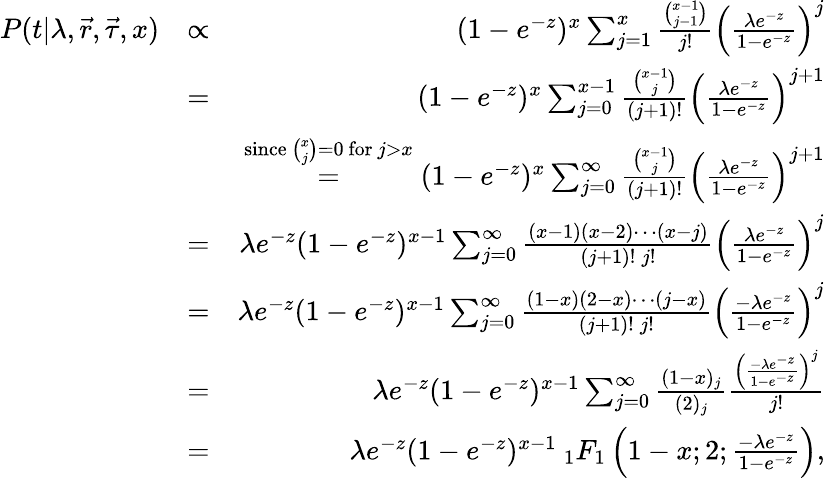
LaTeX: \begin{array}{rlr}{P(t|\lambda,\vec{r},\vec{\tau},x)}&{\propto}&{(1-e^{-z})^{x}\sum_{j=1}^{x}\frac{\binom{x-1}{j-1}}{j!}\left(\frac{\lambda e^{-z}}{1-e^{-z}}\right)^{j}}\\ &{=}&{(1-e^{-z})^{x}\sum_{j=0}^{x-1}\frac{\binom{x-1}{j}}{(j+1)!}\left(\frac{\lambda e^{-z}}{1-e^{-z}}\right)^{j+1}}\\ &{}&{\stackrel{\mathrm{since~}\binom{x}{j}=0\mathrm{~for~}j>x}{=}(1-e^{-z})^{x}\sum_{j=0}^{\infty}\frac{\binom{x-1}{j}}{(j+1)!}\left(\frac{\lambda e^{-z}}{1-e^{-z}}\right)^{j+1}}\\ &{=}&{\lambda e^{-z}(1-e^{-z})^{x-1}\sum_{j=0}^{\infty}\frac{(x-1)(x-2)\cdots(x-j)}{(j+1)!\: j!}\left(\frac{\lambda e^{-z}}{1-e^{-z}}\right)^{j}}\\ &{=}&{\lambda e^{-z}(1-e^{-z})^{x-1}\sum_{j=0}^{\infty}\frac{(1-x)(2-x)\cdots(j-x)}{(j+1)!\: j!}\left(\frac{-\lambda e^{-z}}{1-e^{-z}}\right)^{j}}\\ &{=}&{\lambda e^{-z}(1-e^{-z})^{x-1}\sum_{j=0}^{\infty}\frac{(1-x)_{j}}{(2)_{j}}\frac{\left(\frac{-\lambda e^{-z}}{1-e^{-z}}\right)^{j}}{j!}}\\ &{=}&{\lambda e^{-z}(1-e^{-z})^{x-1}\: _{1}F_{1}\left(1-x;2;\frac{-\lambda e^{-z}}{1-e^{-z}}\right),}\end{array}